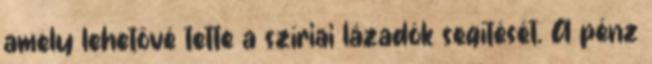
amely lehetővé tette a szíriai lázadók segítését. A pénz